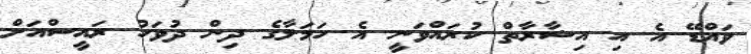
ވައްޑޭ އެ އި އިޝާރާތް ކުރައްވަނީ އެ ހަމަލާގެ ދިން ދުވަހު ރައީސްއަށް